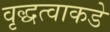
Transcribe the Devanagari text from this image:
वृद्धत्वाकडे